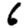
Digit: 6